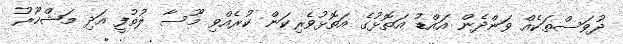
ދުވަސްތަކެއް ވަންދެން އައްޑު އަތޮޅުގެ އަތޮޅުވެރިކަން ކުރެއްވި މޫސާ ލުތުފީ އަދި މަޝްހޫރު